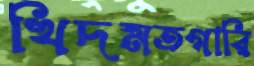
খিদমতগারি